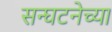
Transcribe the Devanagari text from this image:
सन्घटनेच्या